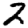
Digit: 2